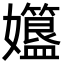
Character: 孂